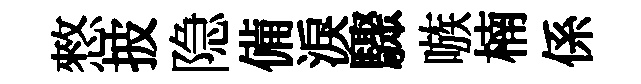
憗披隐備淚驟嗾楠係